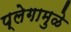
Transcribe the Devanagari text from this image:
प्लेगामुळे